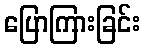
ပြောကြားခြင်း